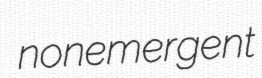
nonemergent